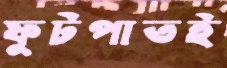
ফুটপাতই